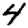
Digit: 4